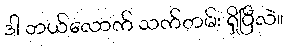
ဒါ ဘယ်လောက် သက်တမ်း ရှိပြီလဲ။